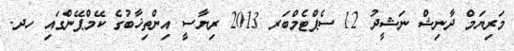
މަރިޔަމް ދާނިޝް ނަޝީދު 12 ސެޕްޓެމްބަރ 2013 ރިޔާސީ އިންތިޚާބުގެ ކޭމްޕޭންގައި ހދ.